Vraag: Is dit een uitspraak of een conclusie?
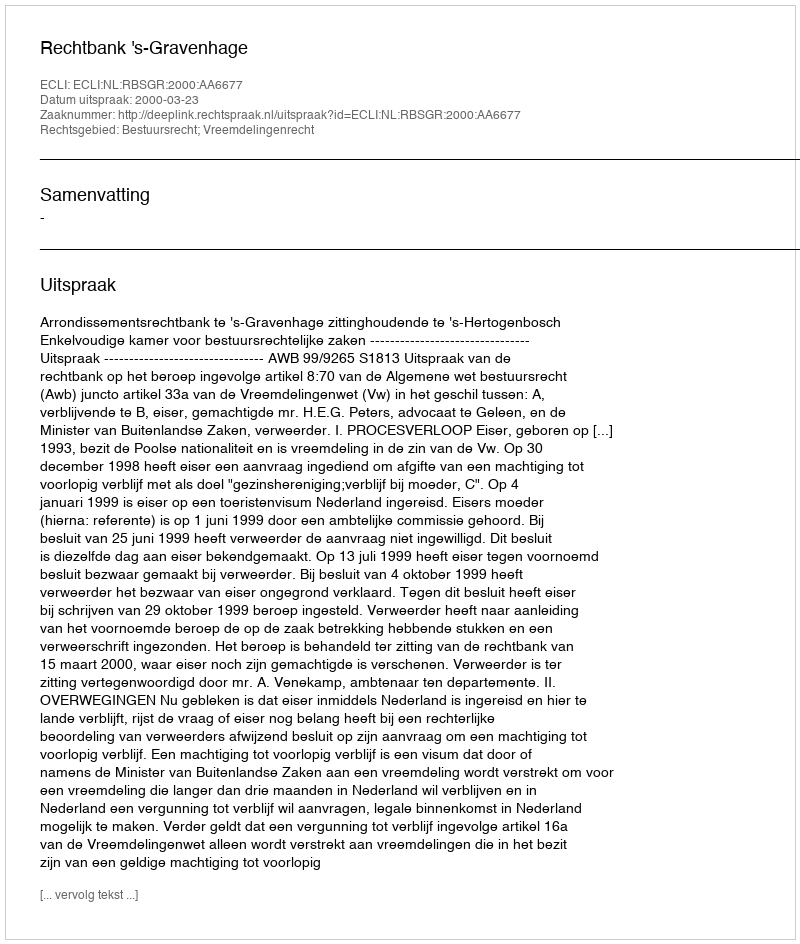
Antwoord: Uitspraak